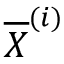
\overline { { \boldsymbol X } } ^ { ( i ) }